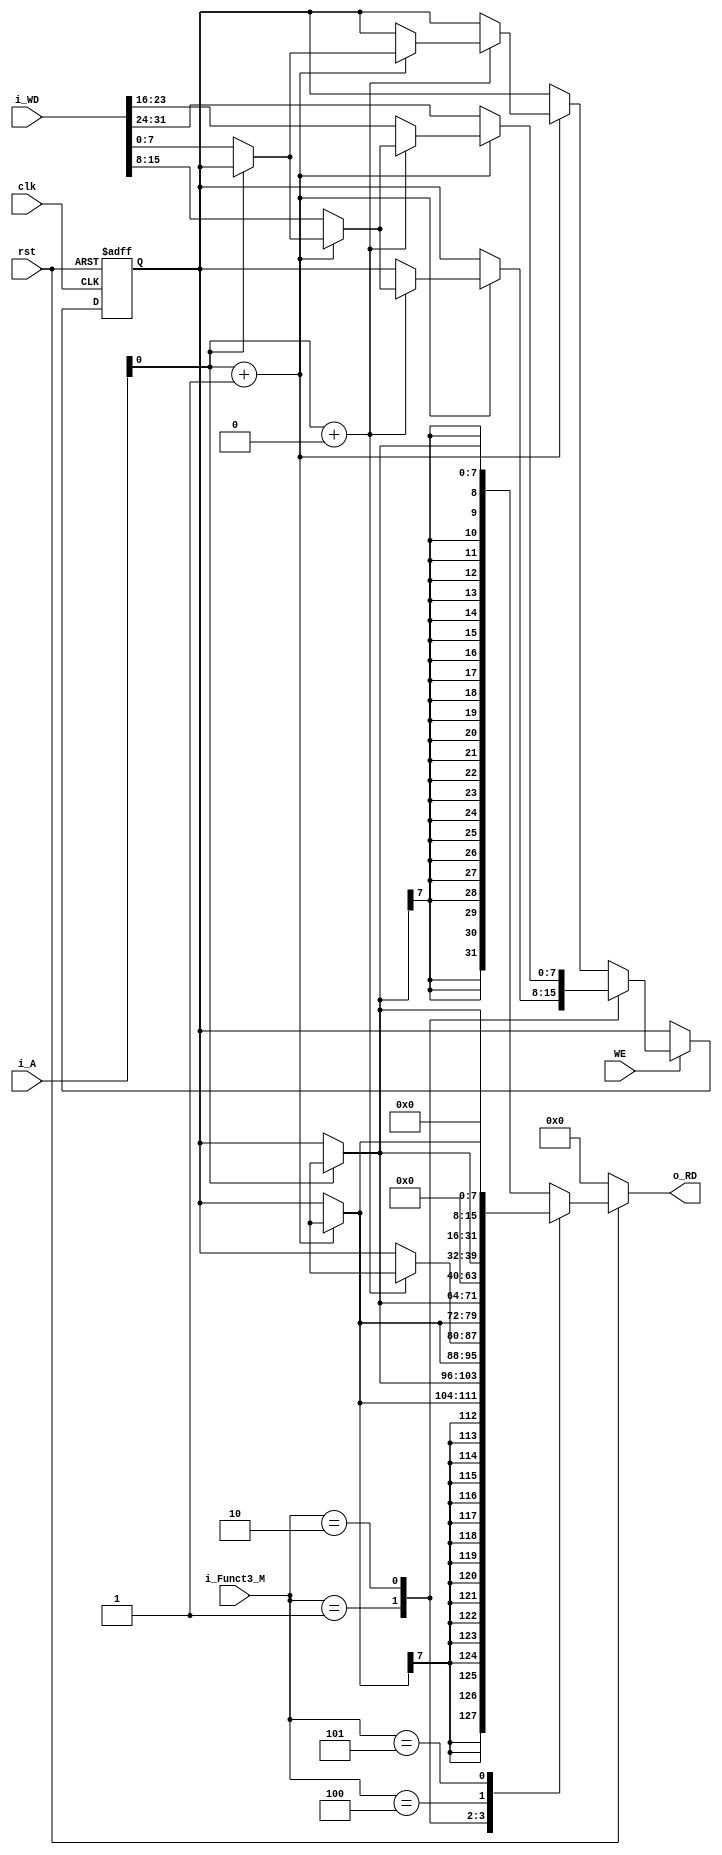
module Data_MEM #(
    parameter   Address_Width ='d32,
                MEM_Width ='d8,
                Word_Width='d32,
                DataMEM_Depth= $pow('d2, 'd10)
) (
    input    wire                           clk,
    input    wire                           rst,
    input    wire                           WE,
    input    wire   [Address_Width-1:0]     i_A,
    input    wire   [Word_Width-1:0]        i_WD,
    input    wire   [2:0]                   i_Funct3_M,
    output   reg    [Word_Width-1:0]        o_RD

    
);
    
integer i;
reg [MEM_Width-1:0] DataMEM [DataMEM_Depth-1:0];


localparam Byte =3'b000 ;
localparam Half_Word =3'b001 ;
localparam Word =3'b010 ;
localparam LBU =3'b100 ;
localparam LHU =3'b101 ;



// Write is Seq

always @(posedge clk or negedge rst) 
begin
if (!rst) 
begin
    for ( i=0 ;i <=DataMEM_Depth-1 ;i=i+1 )
        begin
                DataMEM[i]<='b0;
           end
end  else if (WE)
begin
    case (i_Funct3_M)
        Byte:begin
                DataMEM[i_A]       <=i_WD[MEM_Width-1:0];
                DataMEM[i_A+'d1]   <=DataMEM[i_A+'d1];
                DataMEM[i_A+'d2]   <=DataMEM[i_A+'d2];
                DataMEM[i_A+'d3]   <=DataMEM[i_A+'d3];
        end 
        Half_Word:begin
                DataMEM[i_A]       <=i_WD[MEM_Width-1:0];
                DataMEM[i_A+'d1]   <=i_WD[2*MEM_Width-1:MEM_Width];
                DataMEM[i_A+'d2]   <=DataMEM[i_A+'d2];
                DataMEM[i_A+'d3]   <=DataMEM[i_A+'d3];
        end 
        Word:begin
                DataMEM[i_A]       <=i_WD[MEM_Width-1:0];
                DataMEM[i_A+'d1]   <=i_WD[2*MEM_Width-1:MEM_Width];
                DataMEM[i_A+'d2]   <=i_WD[3*MEM_Width-1:2*MEM_Width];
                DataMEM[i_A+'d3]   <=i_WD[4*MEM_Width-1:3*MEM_Width];
        end 
        default:
        begin
                DataMEM[i_A]       <=i_WD[MEM_Width-1:0];
                DataMEM[i_A+'d1]   <=DataMEM[i_A+'d1];
                DataMEM[i_A+'d2]   <=DataMEM[i_A+'d2];
                DataMEM[i_A+'d3]   <=DataMEM[i_A+'d3];
        end 
    endcase
end
end    


// Read is Comb 
always @(*) 
begin
if (!rst) 
begin
    o_RD='b0;
end  
else
begin
case (i_Funct3_M)
    Byte:begin
        o_RD={{24{DataMEM[i_A][7]}},DataMEM[i_A]};
    end 
    Half_Word:begin
        o_RD={{16{DataMEM[i_A+1][7]}},DataMEM[i_A+'d1],DataMEM[i_A]};
    end 
    Word:begin
        o_RD={DataMEM[i_A+'d3],DataMEM[i_A+'d2],DataMEM[i_A+'d1],DataMEM[i_A]};
    end 
    LBU:begin
        o_RD={{24{1'b0}},DataMEM[i_A]};
    end 
    LHU:begin
    o_RD={{16{1'b0}},DataMEM[i_A+'d1],DataMEM[i_A]};
    end 
    default: 
    begin
    o_RD={{24{DataMEM[i_A][7]}},DataMEM[i_A]};
    end
endcase
end
end    



endmodule